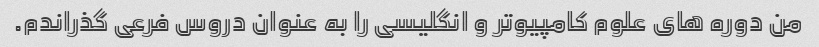
من دوره های علوم کامپیوتر و انگلیسی را به عنوان دروس فرعی گذراندم.